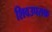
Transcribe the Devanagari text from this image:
शिवउपसक